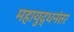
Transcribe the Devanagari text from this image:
महायुद्धनंतर